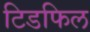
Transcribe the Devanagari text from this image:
टिडफिल